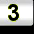
Digit: 3